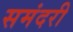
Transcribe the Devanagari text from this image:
समंदरी